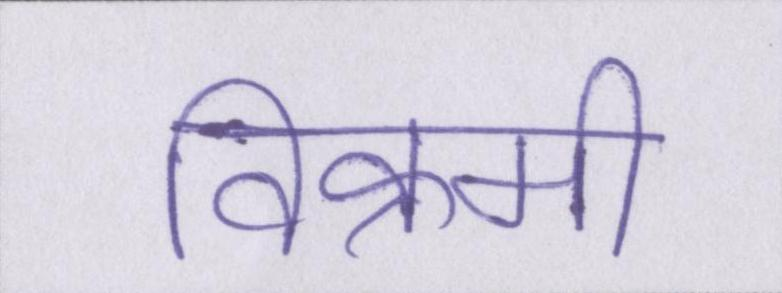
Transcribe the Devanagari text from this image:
विक्रमी